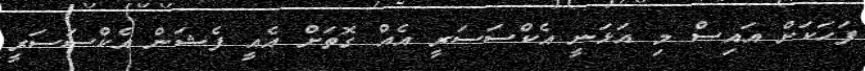
ފަހަކަށް އައިސް މި އަޅަނީ އެކްސަސަރީ އެއް ގޮތަށް އެއީ ފެޝަން އެކްސަސަރީ